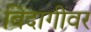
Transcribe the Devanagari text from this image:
बिदागीवर